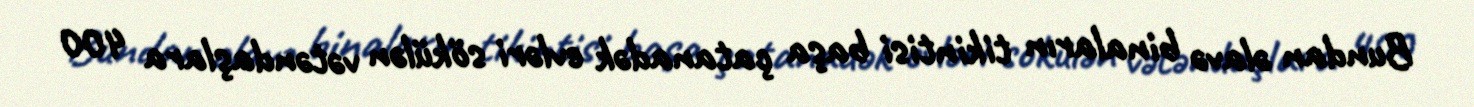
Bundan əlavə binaların tikintisi başa çatanadək evləri sökülən vətəndaşlara 400